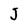
Character: J